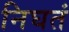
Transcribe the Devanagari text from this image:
निघतं